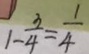
1 - \frac { 3 } { 4 } = \frac { 1 } { 4 }